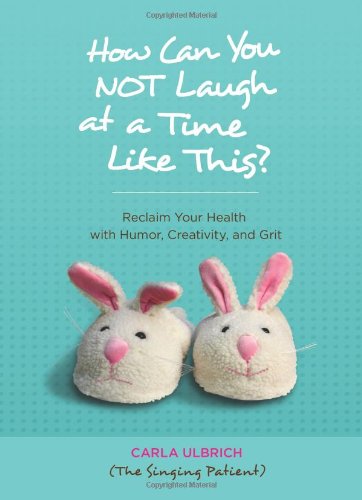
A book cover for How Can You NOT Laugh at a Time Like This?: Reclaim Your Health with Humor, Creativity, and Grit; Carla Ulbrich; Health, Fitness & Dieting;